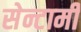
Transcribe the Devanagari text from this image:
सेन्टामी